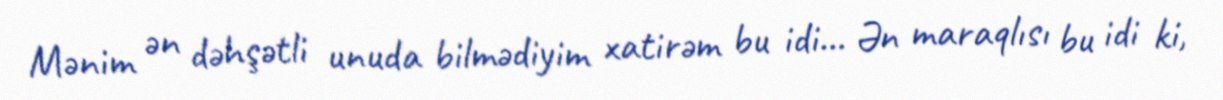
Mənim ən dəhşətli unuda bilmədiyim xatirəm bu idi... Ən maraqlısı bu idi ki,